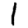
Digit: 1